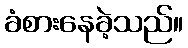
ခံစားနေခဲ့သည်။